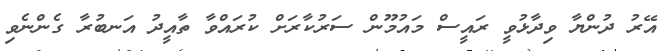
އޭރު ދުންޔާ ވިދާޅުވީ ރައީސް މައުމޫން ސަރުކާރަށް ކުރައްވާ ތާއީދު އަނބުރާ ގެންނެވި